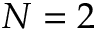
N = 2